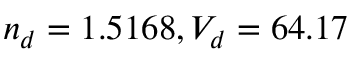
n _ { d } = 1 . 5 1 6 8 , V _ { d } = 6 4 . 1 7